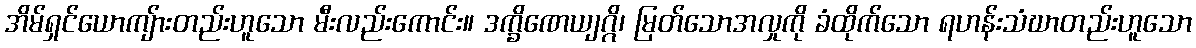
အိမ်ရှင်ယောကျ်ားတည်းဟူသော မီးလည်းကောင်း။ ဒက္ခိဏေယျဂ္ဂိ၊ မြတ်သောအလှုကို ခံထိုက်သော ရဟန်းသံဃာတည်းဟူသော